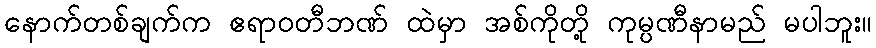
နောက်တစ်ချက်က ဧရာဝတီဘဏ် ထဲမှာ အစ်ကိုတို့ ကုမ္ပဏီနာမည် မပါဘူး။